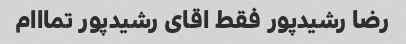
رضا رشیدپور فقط اقای رشیدپور تمااام